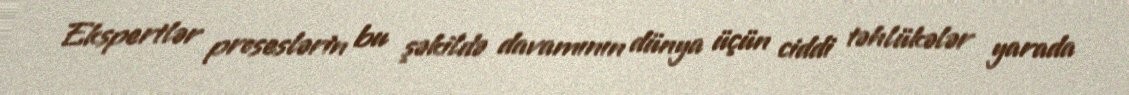
Ekspertlər proseslərin bu şəkildə davamının dünya üçün ciddi təhlükələr yarada